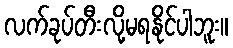
လက်ခုပ်တီးလို့မရနိုင်ပါဘူး။